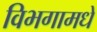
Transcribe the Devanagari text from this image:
विभगामधे